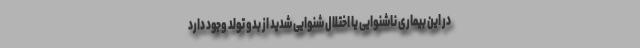
در این بیماری ناشنوایی یا اختلال شنوایی شدید از بدو تولد وجود دارد